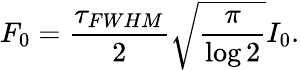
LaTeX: F_{0}=\frac{\tau_{FWHM}}{2}\sqrt{\frac{\pi}{\log 2}}I_{0}.